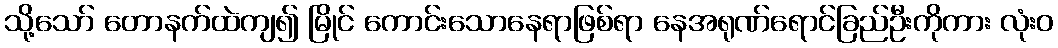
သို့သော် တောနက်ထဲကျ၍ မြိုင် ကောင်းသောနေရာဖြစ်ရာ နေအရုဏ်ရောင်ခြည်ဦးကိုကား လုံးဝ